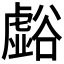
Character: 𲂚